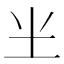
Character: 𰉗